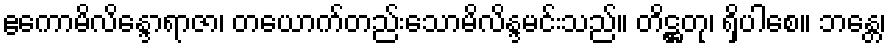
ဧကောမိလိန္ဒောရာဇာ၊ တယောက်တည်းသောမိလိန္ဒမင်းသည်။ တိဋ္ဌတု၊ ရှိပါစေ။ ဘန္တေ၊